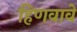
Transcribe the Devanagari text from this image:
हिणवावे